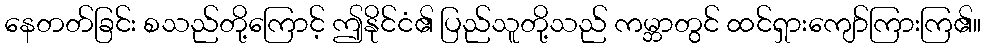
နေတတ်ခြင်း စသည်တို့ကြောင့် ဤနိုင်ငံ၏ ပြည်သူတို့သည် ကမ္ဘာတွင် ထင်ရှားကျော်ကြားကြ၏။